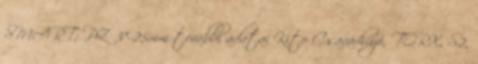
SMART; PZ 3×25mm további adatai Kito Csavarhúzó, TORX, S2,